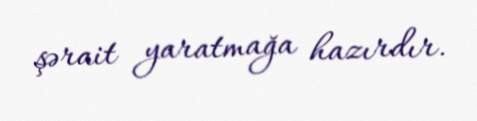
şərait yaratmağa hazırdır.